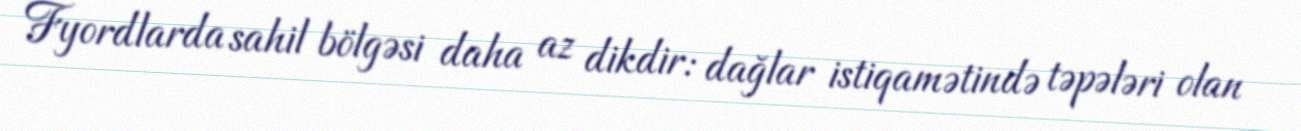
Fyordlarda sahil bölgəsi daha az dikdir: dağlar istiqamətində təpələri olan